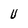
Character: U